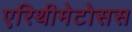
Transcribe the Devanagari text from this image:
एरिथीमेटोसस